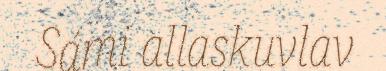
Sámi allaskuvlav